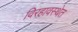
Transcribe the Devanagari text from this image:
विरहावस्थेत